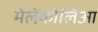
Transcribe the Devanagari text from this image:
मेलेंकोलिआ